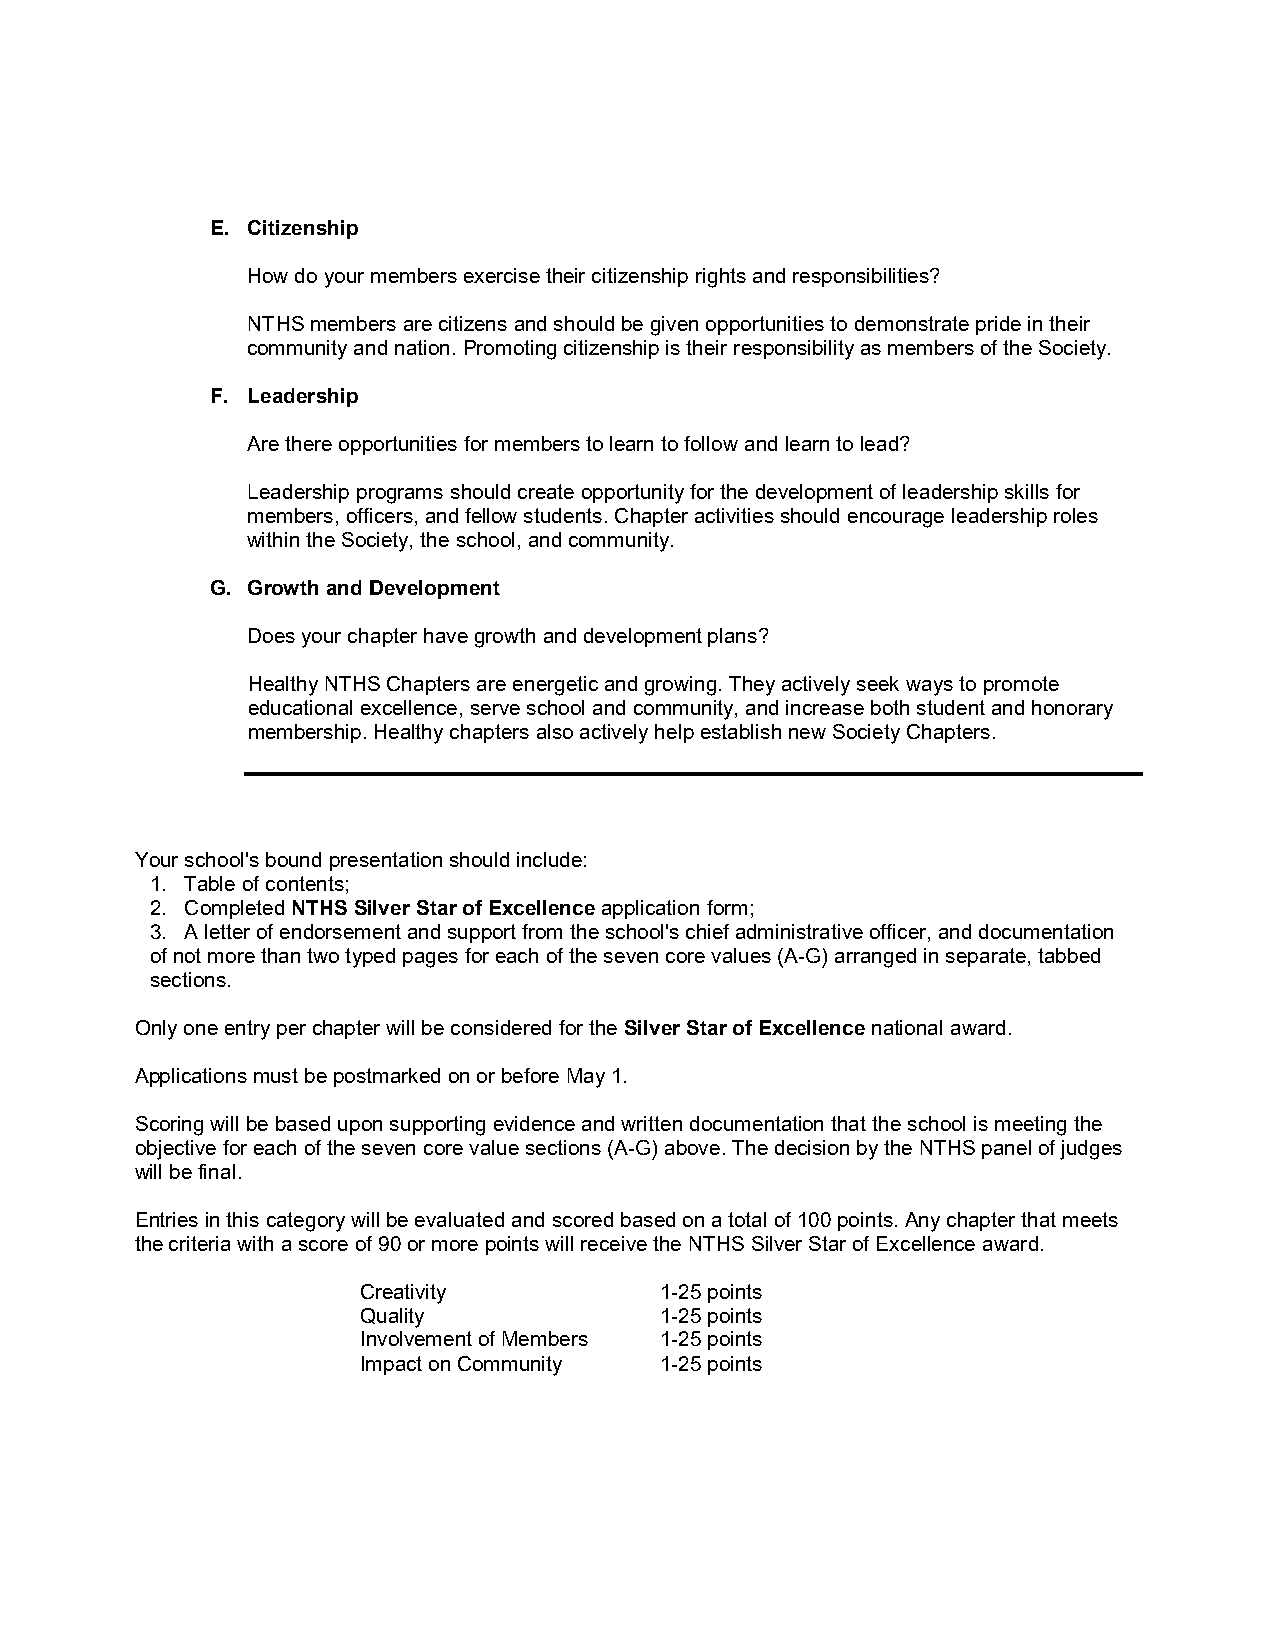
E. Citizenship
 How do your members exercise their citizenship rights and responsibilities?
 NTHS members are citizens and should be given opportunities to demonstrate pride in their
 community and nation. Promoting citizenship is their responsibility as members of the Society.
 F. Leadership
 Are there opportunities for members to learn to follow and learn to lead?
 Leadership programs should create opportunity for the development of leadership skills for
 members, officers, and fellow students. Chapter activities should encourage leadership roles
 within the Society, the school, and community.
 G. Growth and Development
 Does your chapter have growth and development plans?
 Healthy NTHS Chapters are energetic and growing. They actively seek ways to promote
 educational excellence, serve school and community, and increase both student and honorary
 membership. Healthy chapters also actively help establish new Society Chapters.
 Your school's bound presentation should include:
 1. Table of contents;
 2. Completed NTHS Silver Star of Excellence application form;
 3. A letter of endorsement and support from the school's chief administrative officer, and documentation
 of not more than two typed pages for each of the seven core values (A-G) arranged in separate, tabbed
 sections.
 Only one entry per chapter will be considered for the Silver Star of Excellence national award.
 Applications must be postmarked on or before May 1.
 Scoring will be based upon supporting evidence and written documentation that the school is meeting the
 objective for each of the seven core value sections (A-G) above. The decision by the NTHS panel of judges
 will be final.
 Entries in this category will be evaluated and scored based on a total of 100 points. Any chapter that meets
 the criteria with a score of 90 or more points will receive the NTHS Silver Star of Excellence award.
 Creativity          1-25 points
 Quality             1-25 points
 Involvement of Members 1-25 points
 Impact on Community 1-25 points